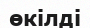
өкілді